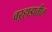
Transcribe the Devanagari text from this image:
वऱ्हाडातील